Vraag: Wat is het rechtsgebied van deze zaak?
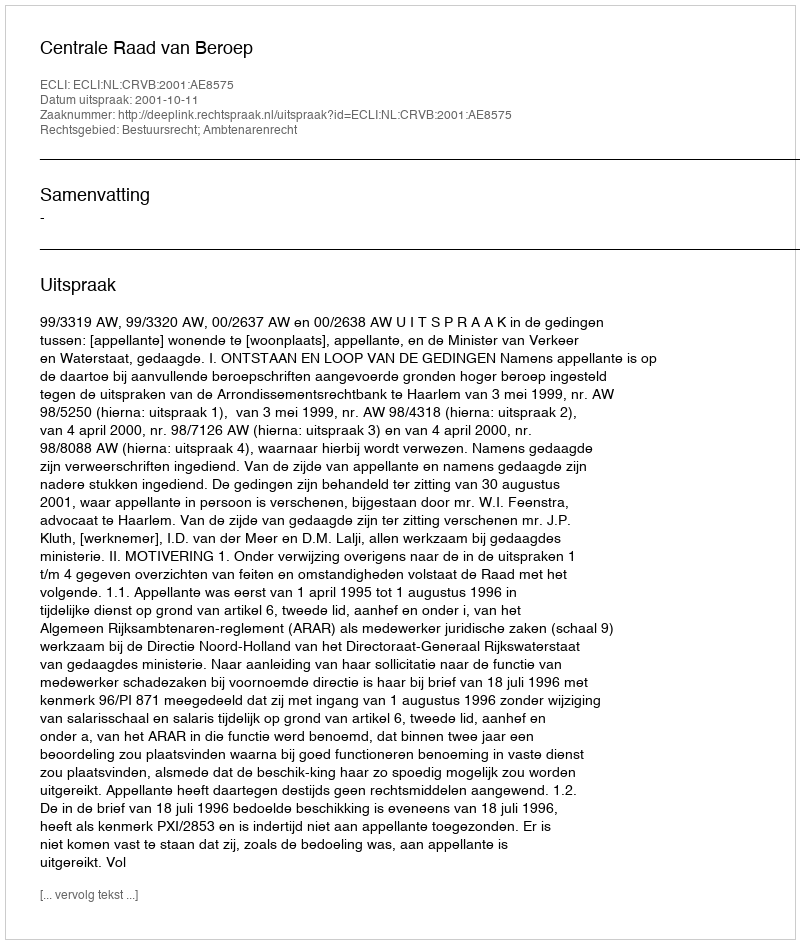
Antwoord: Bestuursrecht; Ambtenarenrecht